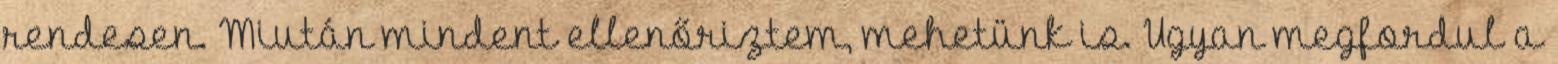
rendesen. Miután mindent ellenőriztem, mehetünk is. Ugyan megfordul a